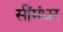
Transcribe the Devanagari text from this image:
सींमंधर